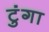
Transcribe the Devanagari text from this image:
टुंगा